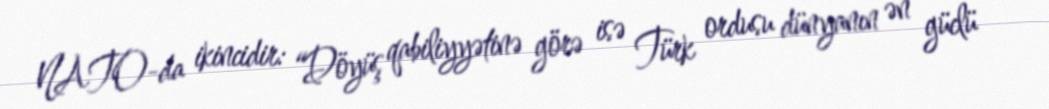
NATO-da ikincidir: “Döyüş qabiliyyətinə görə isə Türk ordusu dünyanın ən güclü